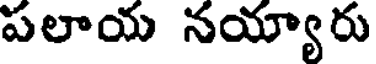
పలాయ నయ్యారు